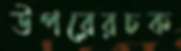
উপরেরচক